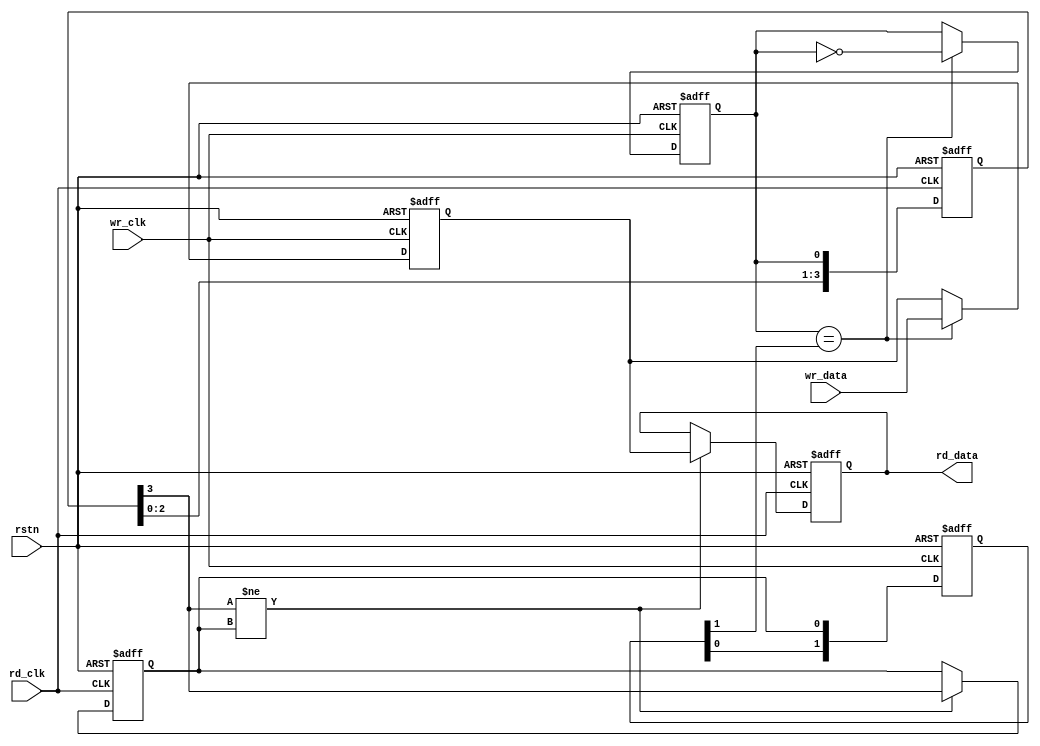
// --------------------------------------------------------------------
// >>>>>>>>>>>>>>>>>>>>>>>>> COPYRIGHT NOTICE <<<<<<<<<<<<<<<<<<<<<<<<<
// --------------------------------------------------------------------
// Copyright (c) 2009 by Lattice Semiconductor Corporation
// --------------------------------------------------------------------
//
// Permission:
//
//   Lattice Semiconductor grants permission to use this code for use
//   in synthesis for any Lattice programmable logic product.  Other
//   use of this code, including the selling or duplication of any
//   portion is strictly prohibited.
//
// Disclaimer:
//
//   This VHDL or Verilog source code is intended as a design reference
//   which illustrates how these types of functions can be implemented.
//   It is the user's responsibility to verify their design for
//   consistency and functionality through the use of formal
//   verification methods.  Lattice Semiconductor provides no warranty
//   regarding the use or functionality of this code.
//
// --------------------------------------------------------------------
//
//                     Lattice Semiconductor Corporation
//                     5555 NE Moore Court
//                     Hillsboro, OR 97214
//                     U.S.A
//
//                     TEL: 1-800-Lattice (USA and Canada)
//                          503-268-8001 (other locations)
//
//                     web: http://www.latticesemi.com/
//
// --------------------------------------------------------------------
//
//  Project:           Flexible scaler core
//  Title:             
//  Dependencies:      
//  Description:       
//
// --------------------------------------------------------------------
// Revision History :
// --------------------------------------------------------------------
// $Log: 
// Revision 0.1  2009-04-20   Xuelei Xuan
// Initial revision
//
// --------------------------------------------------------------------
module sync_logic #(
parameter c_DATA_WIDTH = 10
)
(
rstn,
wr_clk,
wr_data,
rd_clk,
rd_data
);
input rstn;
input wr_clk;
input [c_DATA_WIDTH-1:0] wr_data;
input rd_clk;
output [c_DATA_WIDTH-1:0] rd_data;

//registers driven by wr_clk               
reg [1:0] update_ack_dly;
reg update_strobe;
reg [c_DATA_WIDTH-1:0]  data_buf/* synthesis syn_preserve=1 */;
//registers driven by rd_clk
reg update_ack;                      
reg [3:0] update_strobe_dly;         
reg [c_DATA_WIDTH-1:0] data_buf_sync/* synthesis syn_preserve=1 */;

//************************************************************************************
always @(posedge wr_clk or negedge rstn)
   if (!rstn) begin
      update_ack_dly <= 0;
      update_strobe  <= 0;
      data_buf       <= 0;
   end
   else begin
      update_ack_dly <= {update_ack_dly[0], update_ack};
      if (update_strobe == update_ack_dly[1]) begin
         //latch new data 
         data_buf <= wr_data;
         update_strobe <= ~ update_strobe;
      end
   end   

//************************************************************************************
always @(posedge rd_clk or negedge rstn)
   if (!rstn) begin
      update_ack        <= 0;
      update_strobe_dly <= 0;
      data_buf_sync     <= 0;
   end
   else begin
      update_strobe_dly <= {update_strobe_dly[2:0], update_strobe};
      if (update_strobe_dly[3] != update_ack) begin
         data_buf_sync <= data_buf;
         update_ack    <= update_strobe_dly[3];
      end
   end

assign rd_data = data_buf_sync;
endmodule